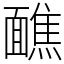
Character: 䩌